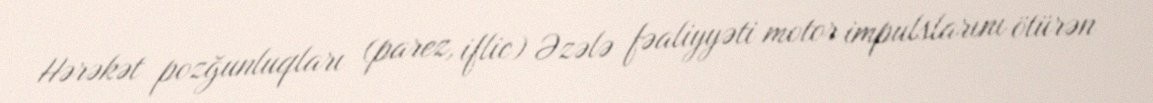
Hərəkət pozğunluqları (parez, iflic) Əzələ fəaliyyəti motor impulslarını ötürən